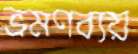
ভ্রমণব্যয়